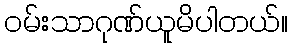
ဝမ်းသာဂုဏ်ယူမိပါတယ်။